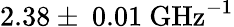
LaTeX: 2.38\pm~0.01~\mathrm{{GHz}^{-1}}